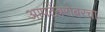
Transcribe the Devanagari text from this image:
आपटेंबरोबरचा